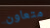
متعاون